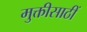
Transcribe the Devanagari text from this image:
मुक्तीसाठीं